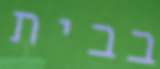
בבית